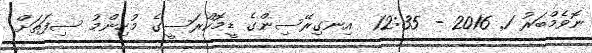
ނޮވެމްބަރު 1